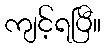
ကျင့်ရပြီ။